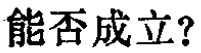
能否成立？